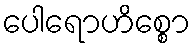
ပေါရောဟိစ္စော